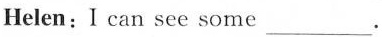
Helen:I can see some ___.